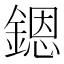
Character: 𨪜